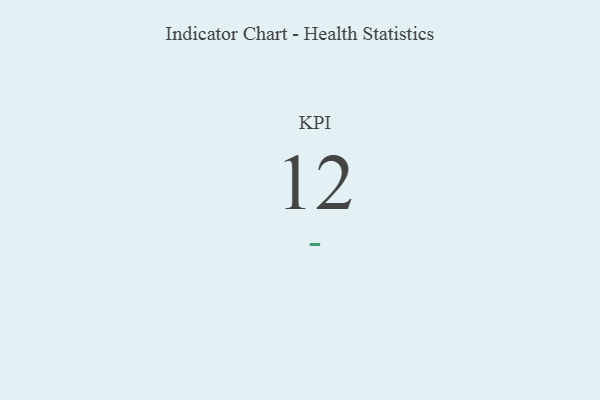
{"axis": {"x": "KPI", "y": "Value"}, "legend": [""], "data": [{"x": "KPI", "y": 12, "type": ""}]}